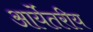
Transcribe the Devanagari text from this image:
आर्येतरीय